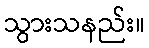
သွားသနည်း။